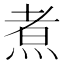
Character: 煮